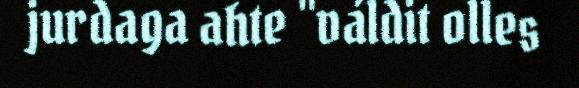
jurdaga ahte "váldit olles